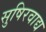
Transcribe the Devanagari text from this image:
सुषिरवाद्य